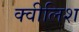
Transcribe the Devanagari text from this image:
क्वीलिश